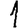
Digit: 1